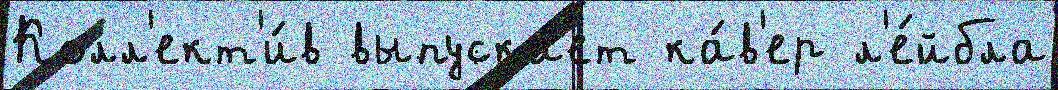
Колл'ект'и́в выпуска́ет ка́в'ер л'е́йбла